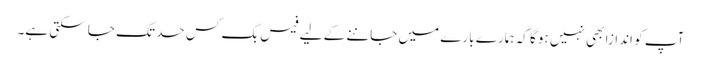
آپ کو اندازا بھی نہیں ہو گا کہ ہمارے بارے میں جاننے کے لیے فیس بک کس حد تک جا سکتی ہے۔